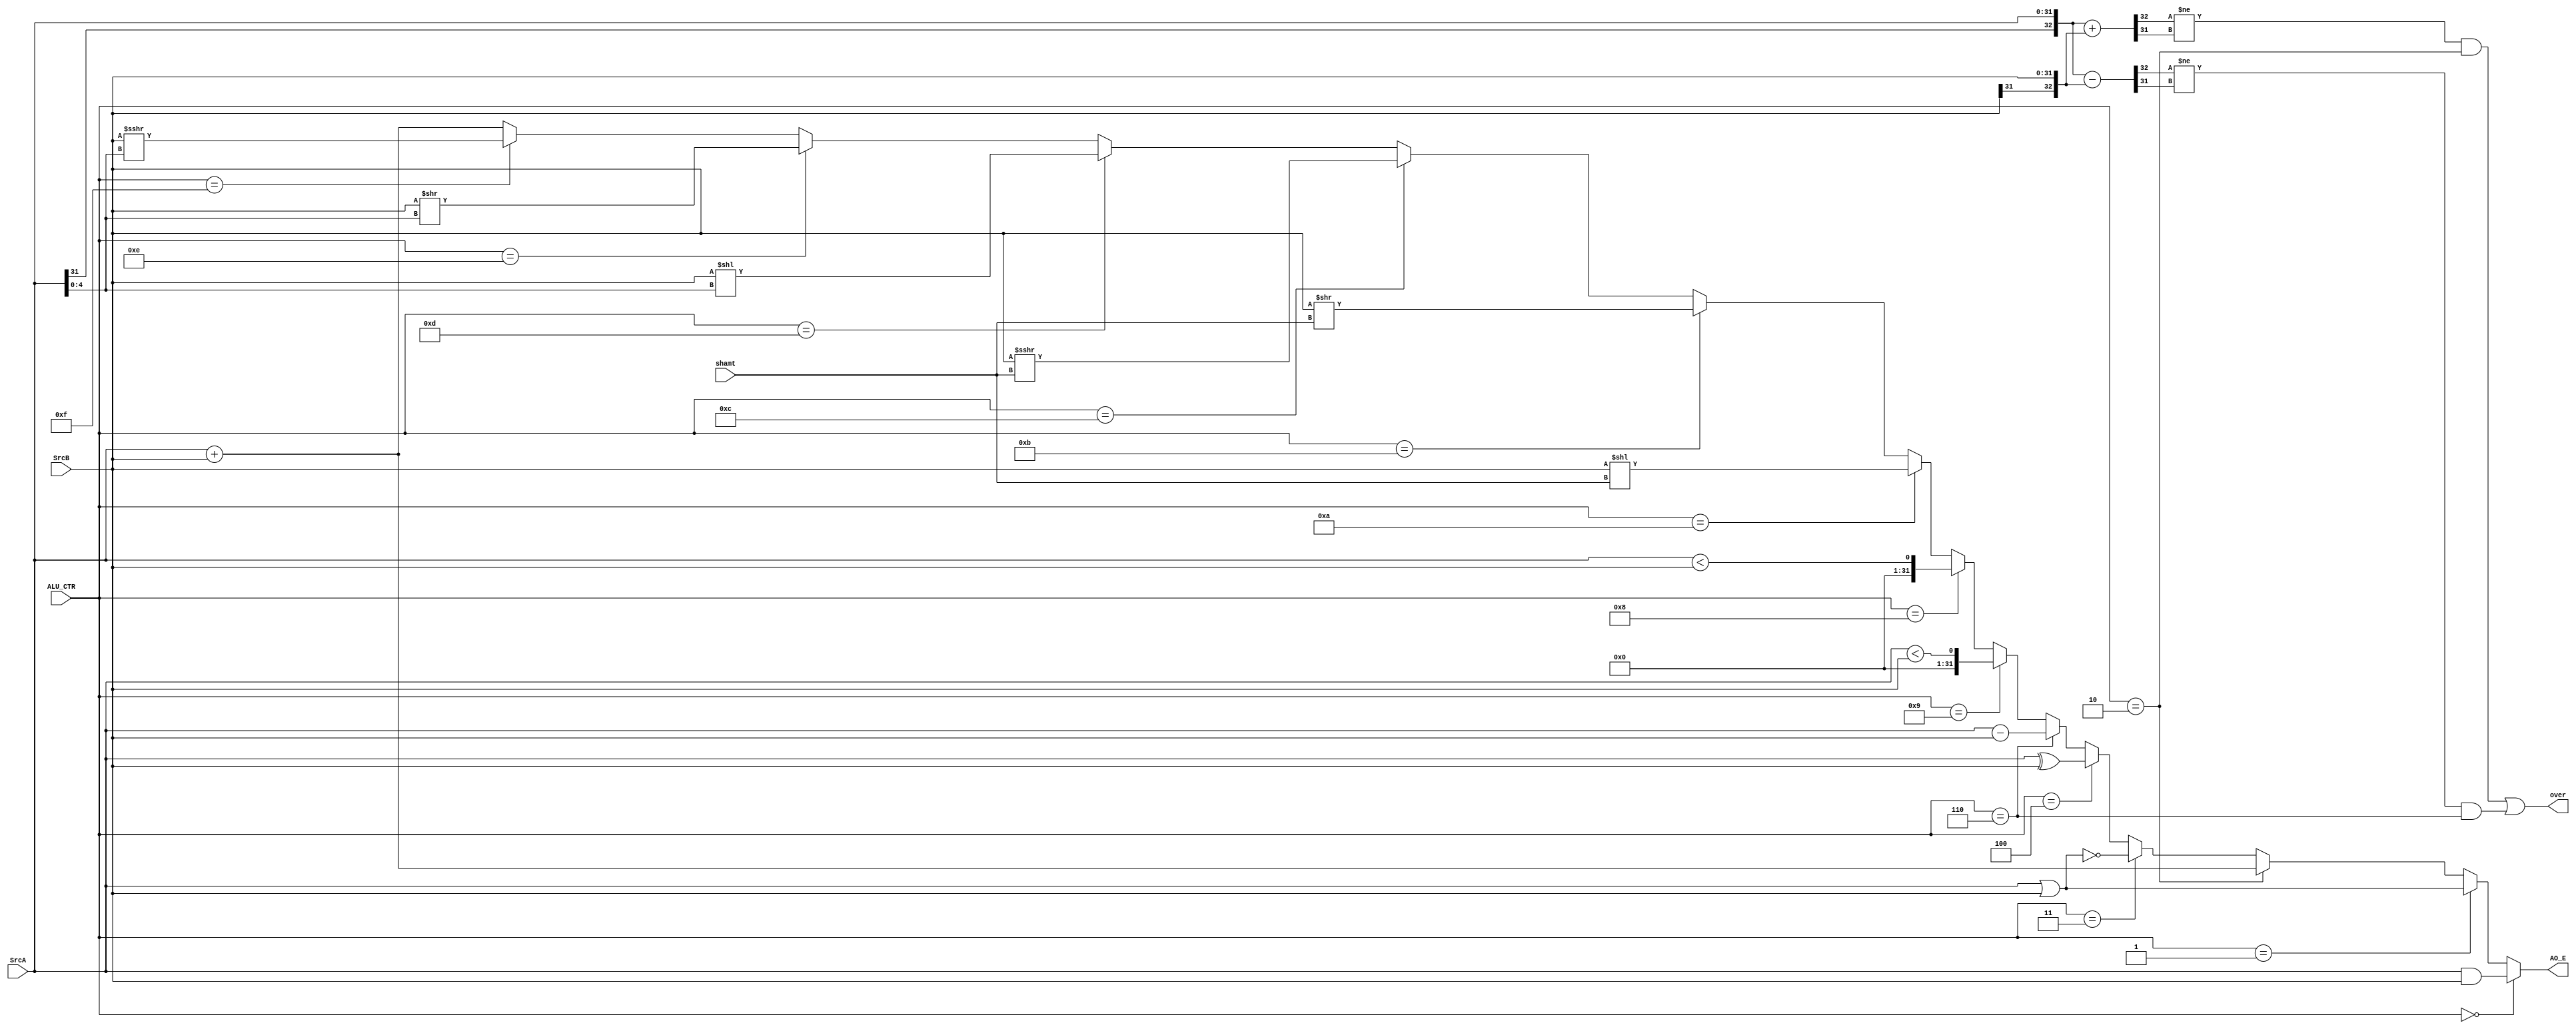
    `timescale 1ns / 1ps
//////////////////////////////////////////////////////////////////////////////////
// Company: 
// Engineer: 
// 
// Design Name: 
// Module Name: alu
// Project Name: 
// Target Devices: 
// Tool Versions: 
// Description: 
// 
// Dependencies: 
// 
// Revision:
// Revision 0.01 - File Created
// Additional Comments:
// 
//////////////////////////////////////////////////////////////////////////////////


module alu(
    input [4:0] ALU_CTR,
    input [31:0] SrcA,
    input [31:0] SrcB,
    input [4:0 ] shamt,
    output [31:0] AO_E,
	output over
    );

    wire[31:0] SRAV, SRA;
	wire[32:0] temp_add, temp_sub;
	assign SRAV = ($signed(SrcB)) >>> SrcA[4:0];
	assign SRA = ($signed(SrcB)) >>> (shamt);
	assign AO_E = (ALU_CTR == 5'b00000)? (SrcA & SrcB) :
                  (ALU_CTR == 5'b00001)? (SrcA | SrcB) :
				  (ALU_CTR == 5'b00010)? (SrcA + SrcB) : 
				  (ALU_CTR == 5'b00011)? (~(SrcA | SrcB)) :
				  (ALU_CTR == 5'b00100)? (SrcA ^ SrcB) :
				  (ALU_CTR == 5'b00110)? (SrcA - SrcB) :
				  (ALU_CTR == 5'b01001)? (SrcA < SrcB) :		
				  (ALU_CTR == 5'b01000)? ($signed(SrcA) < $signed(SrcB)) :
				  (ALU_CTR == 5'b01010)? (SrcB << shamt) :	
				  (ALU_CTR == 5'b01011)? (SrcB >> shamt) :	
				  (ALU_CTR == 5'b01100)? SRA :	
				  (ALU_CTR == 5'b01101)? (SrcB << SrcA[4:0]) :	
				  (ALU_CTR == 5'b01110)? (SrcB >> SrcA[4:0]) :	
				  (ALU_CTR == 5'b01111)? SRAV:	
									     (SrcA + SrcB);

	assign temp_add = {SrcA[31], SrcA} + {SrcB[31], SrcB};
	assign temp_sub = {SrcA[31], SrcA} - {SrcB[31], SrcB};
	assign over = (temp_add[32] != temp_add[31] && ALU_CTR == 5'b00010) || (temp_sub[32] != temp_sub[31] && ALU_CTR == 5'b00110);

endmodule